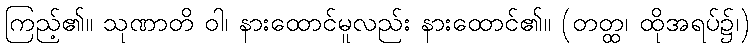
ကြည့်၏။ သုဏာတိ ဝါ၊ နားထောင်မူလည်း နားထောင်၏။ (တတ္ထ၊ ထိုအရပ်၌၊)